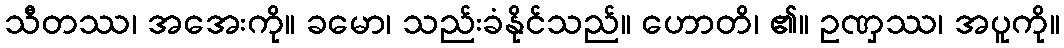
သီတဿ၊ အအေးကို။ ခမော၊ သည်းခံနိုင်သည်။ ဟောတိ၊ ၏။ ဥဏှဿ၊ အပူကို။